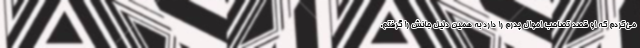
می‌کردم که او قصد تصاحب اموال پدرم را دارد به همین دلیل جانش را گرفتم.